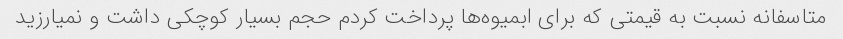
متاسفانه نسبت به قیمتى که براى ابمیوه‌ها پرداخت کردم حجم بسیار کوچکى داشت و نمیارزید